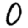
Digit: 0